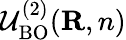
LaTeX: {\cal U}_{\mathrm{BO}}^{(2)}({\mathbf R,n})